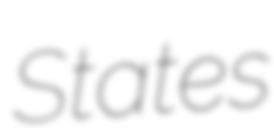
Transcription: States